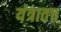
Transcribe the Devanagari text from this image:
यंत्रातच